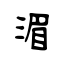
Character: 湄